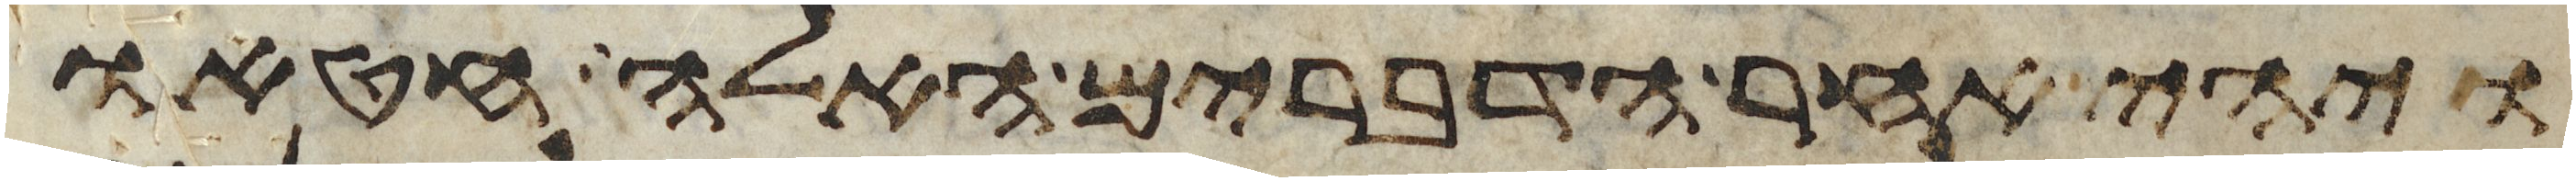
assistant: ויהי אחר הדברים האלה חטאו